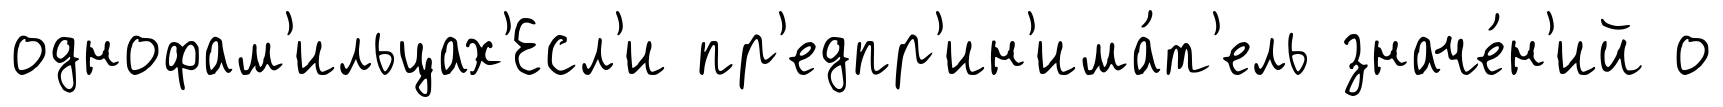
однофам'ильцах'Есл'и пр'едпр'ин'има́т'ель значе́н'ий о